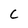
Character: C